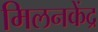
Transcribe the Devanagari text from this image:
मिलनकेंद्र